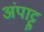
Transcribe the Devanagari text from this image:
अंपाट्टु